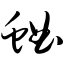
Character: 蛐